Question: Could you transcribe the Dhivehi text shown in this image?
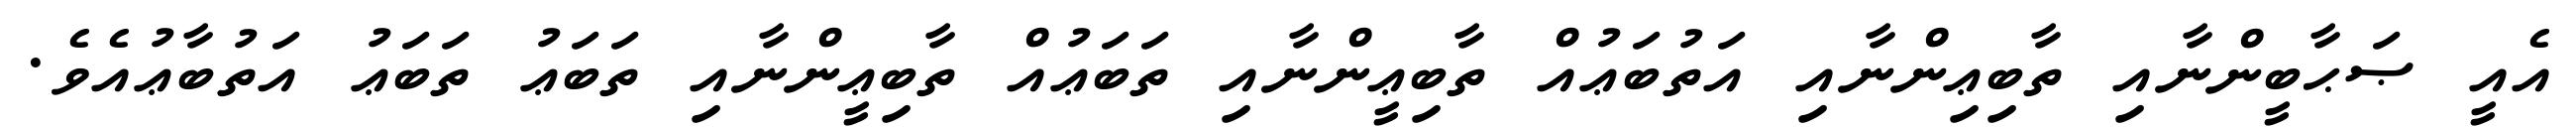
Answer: އެއީ ޞަޙާބީންނާއި ތާބިޢިންނާއި އަތުބަޢުއް ތާބިޢީންނާއި ތަބަޢުއް ތާބިޢީންނާއި ތަބަޢު ތަބަޢު އަތުބާޢުއެވެ.